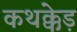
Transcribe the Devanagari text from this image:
कथक्केड़